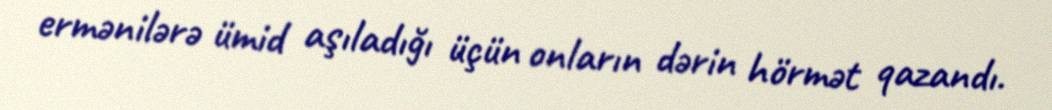
ermənilərə ümid aşıladığı üçün onların dərin hörmət qazandı.